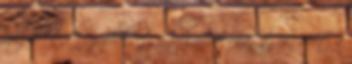
megállni, de egyébként a panoráma miatt is, mert a